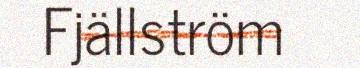
Fjällström